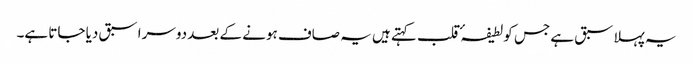
یہ پہلا سبق ہے جس کو لطیفہٴ قلب کہتے ہیں یہ صاف ہونے کے بعد دوسرا سبق دیا جاتا ہے۔